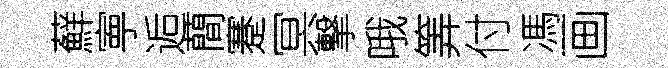
蘚寕逅蕳蹇冥撃哦筭付馮画